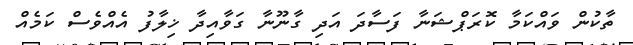
ތާކުން ވައްކަމާ ކޮރަޕްޝަނާ ފަސާދަ އަދި ގާނޫނާ ގަވާއިދާ ޚިލާފު އެއްވެސް ކަމެއް